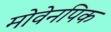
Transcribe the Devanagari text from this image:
मोवेनपिक